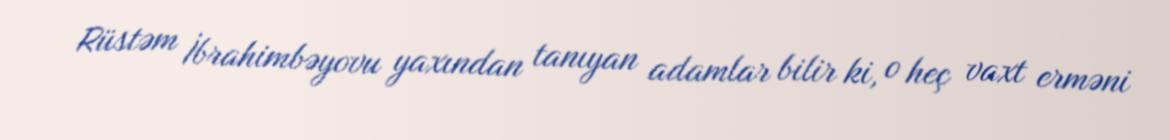
Rüstəm İbrahimbəyovu yaxından tanıyan adamlar bilir ki, o heç vaxt erməni